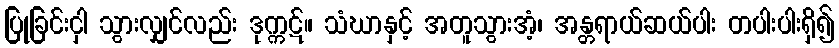
ပြုခြင်းငှါ သွားလျှင်လည်း ဒုက္ကဋ်။ သံဃာနှင့် အတူသွားအံ့၊ အန္တရာယ်ဆယ်ပါး တပါးပါးရှိ၍